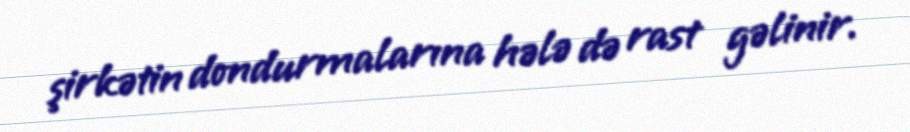
şirkətin dondurmalarına hələ də rast gəlinir.